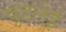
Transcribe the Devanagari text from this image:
चुडलेई